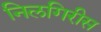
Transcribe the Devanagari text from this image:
निलगिरीस